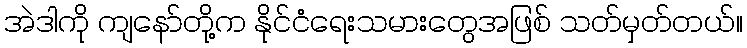
အဲဒါကို ကျနော်တို့က နိုင်ငံရေးသမားတွေအဖြစ် သတ်မှတ်တယ်။